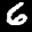
Label: 6